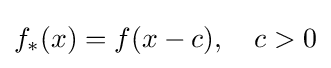
f_{*}(x)=f(x-c),\quad c>0